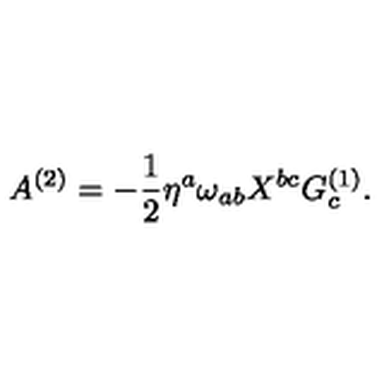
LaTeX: A ^ { ( 2 ) } = - { \frac { 1 } { 2 } } \eta ^ { a } \omega _ { a b } X ^ { b c } G _ { c } ^ { ( 1 ) } .